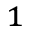
^ { 1 }